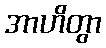
အာဟိတွာ